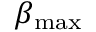
\beta _ { \mathrm { m a x } }